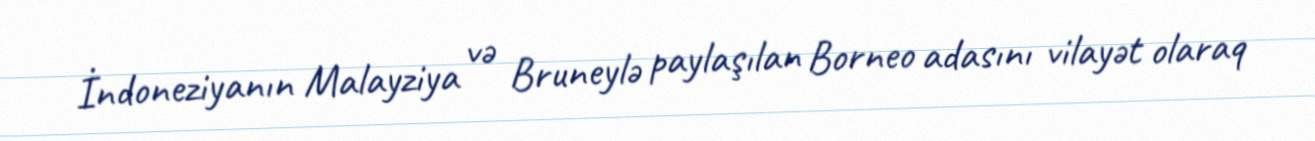
İndoneziyanın Malayziya və Bruneylə paylaşılan Borneo adasını vilayət olaraq